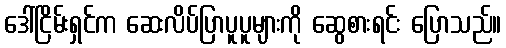
ဒေါ်ငြိမ်းရှင်က ဆေးလိပ်ပြာပူပူများကို ဆွေစားရင်း ပြောသည်။